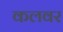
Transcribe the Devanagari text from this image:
कलवर